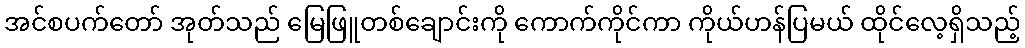
အင်စပက်တော် အုတ်သည် မြေဖြူတစ်ချောင်းကို ကောက်ကိုင်ကာ ကိုယ်ဟန်ပြမယ် ထိုင်လေ့ရှိသည့်